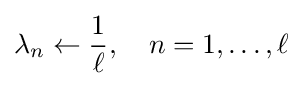
\lambda _{n}\leftarrow {\frac {1}{\ell }},\quad n=1,\dots ,\ell